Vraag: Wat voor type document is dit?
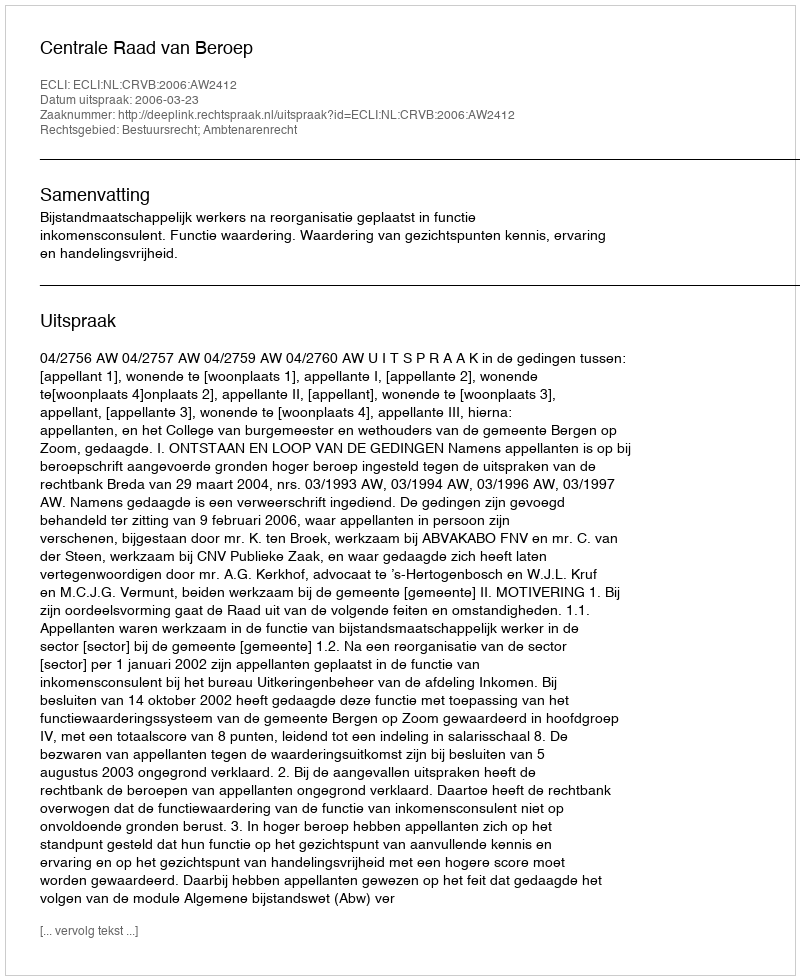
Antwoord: Uitspraak